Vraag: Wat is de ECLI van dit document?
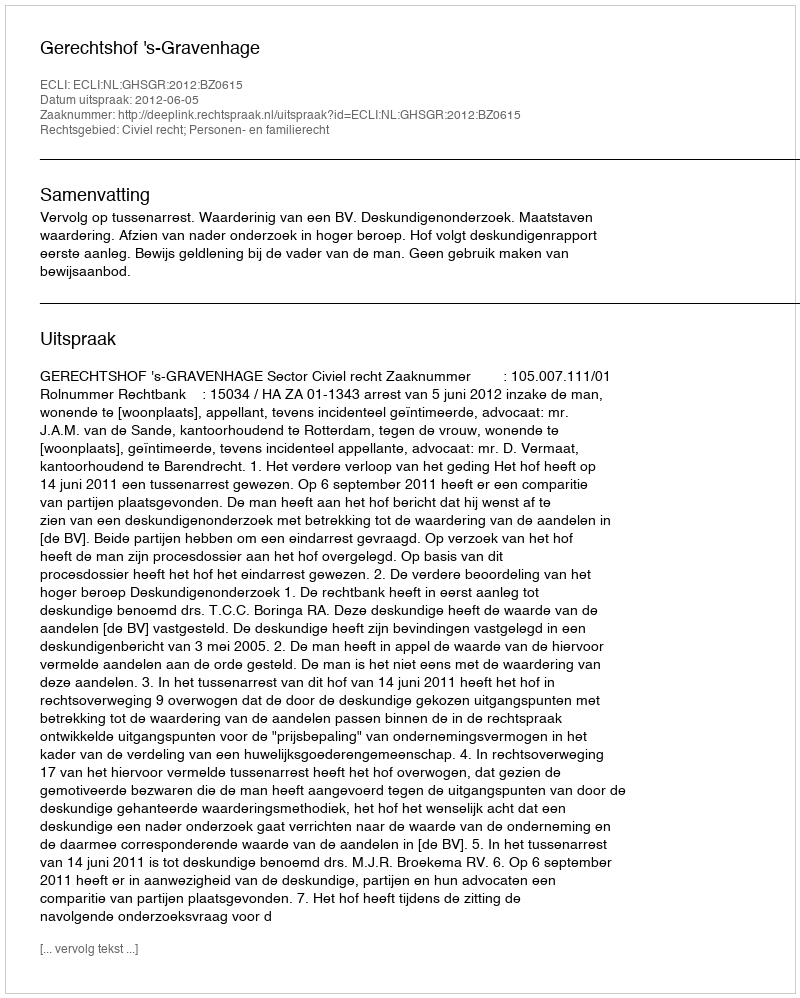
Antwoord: ECLI:NL:GHSGR:2012:BZ0615